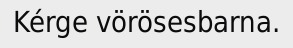
Kérge vörösesbarna.